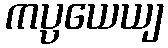
ကပ္ပယေယျ